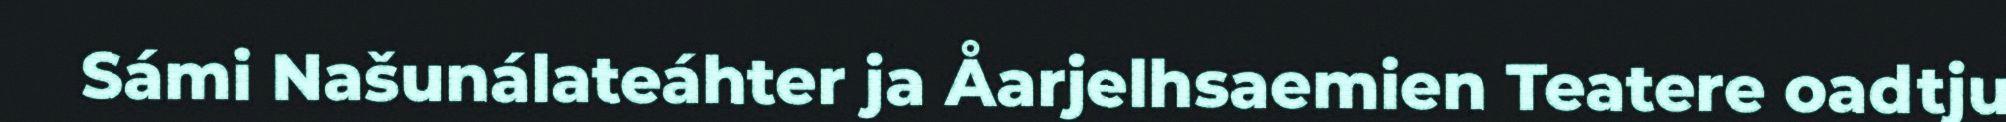
Sámi Našunálateáhter ja Åarjelhsaemien Teatere oadtju